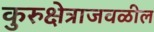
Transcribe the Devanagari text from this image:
कुरुक्षेत्राजवळील